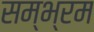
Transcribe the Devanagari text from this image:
सम्‍भ्रम